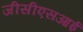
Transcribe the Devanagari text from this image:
जीसीएसआई